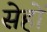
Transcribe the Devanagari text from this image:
सेहों